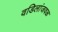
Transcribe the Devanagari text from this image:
वडिलांजवळ